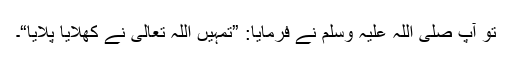
تو آپ صلی اللہ علیہ وسلم نے فرمایا: ”تمہیں اللہ تعالیٰ نے کھلایا پلایا“۔